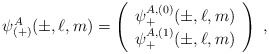
\begin{align*}\psi^A_{(+)}(\pm,\ell,m)=\left(\begin{array}{c}\psi^{A,(0)}_+(\pm,\ell,m)\\\psi^{A,(1)}_+(\pm,\ell,m)\end{array}\right)\;,\end{align*}